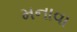
મનાવા